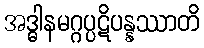
အဒ္ဓါနမဂ္ဂပ္ပဋိပန္နဿာတိ